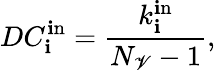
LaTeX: DC_{\mathbf{i}}^{\mathrm{{\mathbf{i}n}}}=\frac{{k_{\mathbf{i}}^{\mathrm{{\mathbf{i}n}}}}}{{N_{\mathscr{{V}}}-1}},